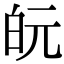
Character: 𭽋